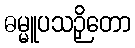
ဓမ္မူပသဉှိတော